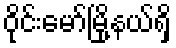
ဝိုင်းမော်မြို့နယ်ရှိ